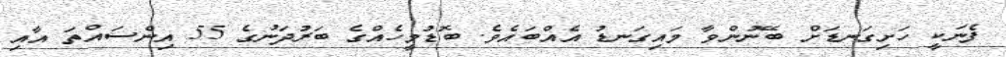
ފެނަކީ ހަށިގަނޑަށް ބޭނުންވާ މައިގަނޑު އެއްބައެވެ. ބޮޑުމީހެއްގެ ބަރުދަނުގެ 55 އިންސައްތަ އާއި